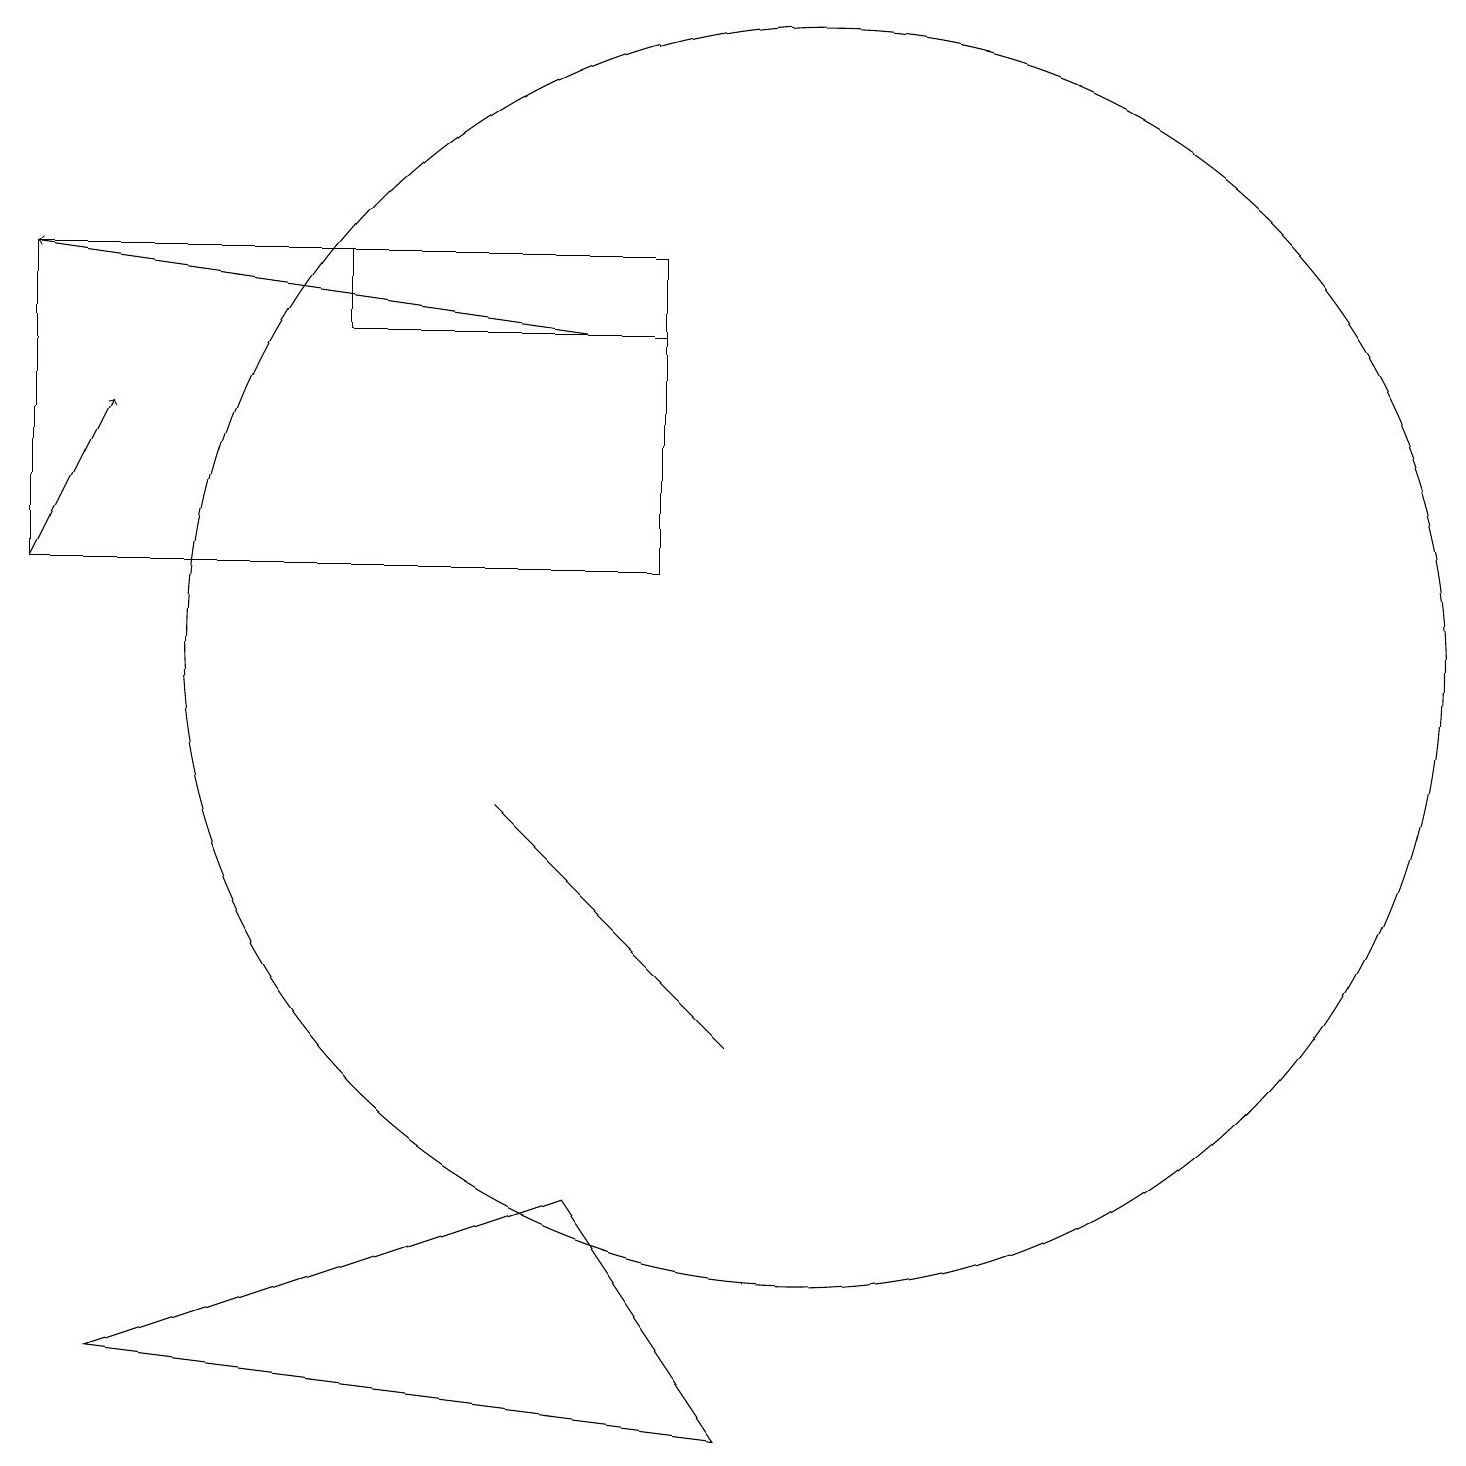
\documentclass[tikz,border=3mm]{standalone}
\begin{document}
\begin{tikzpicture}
\draw (4,16) rectangle (8,15);
\draw (6,9) -- (9,6) -- (8,7) -- cycle;
\draw (7,4) -- (9,1) -- (1,2) -- cycle;
\draw (8,16) rectangle (0,12);
\draw (10,11) circle (8);
\draw[->] (7,15) -- (0,16);
\draw[->] (0,12) -- (1,14);
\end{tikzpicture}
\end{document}